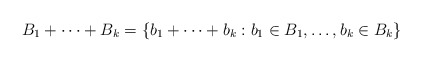
\begin{align*}B_1 + \cdots + B_k = \{ b_1 + \cdots + b_k : b_1 \in B_1,\dots,b_k \in B_k \}\end{align*}